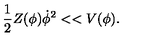
\frac { 1 } { 2 } Z ( \phi ) \dot { \phi } ^ { 2 } < < V ( \phi ) .